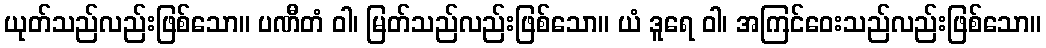
ယုတ်သည်လည်းဖြစ်သော။ ပဏီတံ ဝါ၊ မြတ်သည်လည်းဖြစ်သော။ ယံ ဒူရေ ဝါ၊ အကြင်ဝေးသည်လည်းဖြစ်သော။